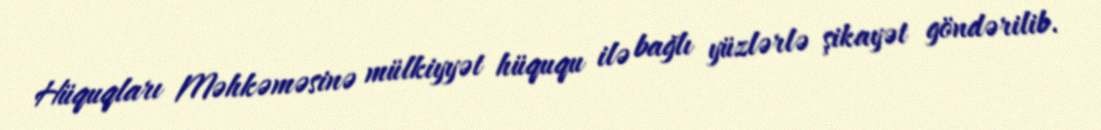
Hüquqları Məhkəməsinə mülkiyyət hüququ ilə bağlı yüzlərlə şikayət göndərilib.